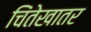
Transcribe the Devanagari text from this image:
चिंतेखातर